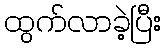
ထွက်လာခဲ့ပြီး